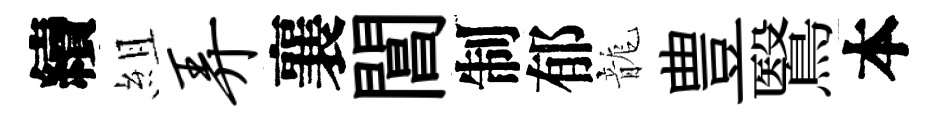
續組弄襄閶制郁龍豊鷖本